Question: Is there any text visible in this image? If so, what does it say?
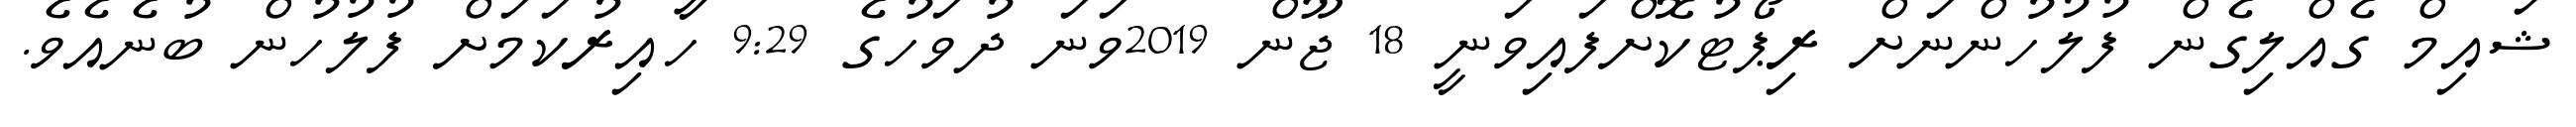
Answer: ޝައިމް ގެއްލިގެން ފުލުހުންނަށް ރިޕޯޓުކޮށްފައިވަނީ 18 ޖޫން 2019ވަނަ ދުވަހުގެ 9:29 ހާއިރުކަމަށް ފުލުހުން ބުނެއެވެ.